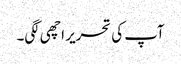
آپ کی تحریر اچھی لگی۔